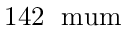
1 4 2 \; \mathrm { \ m u m }